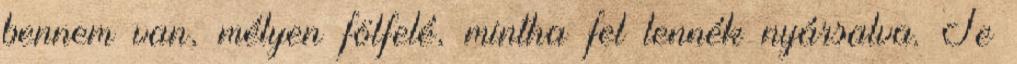
bennem van, mélyen fölfelé, mintha fel lennék nyársalva. Te